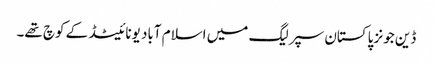
ڈین جونز پاکستان سپر لیگ میں اسلام آباد یونائیٹڈ کے کوچ تھے۔